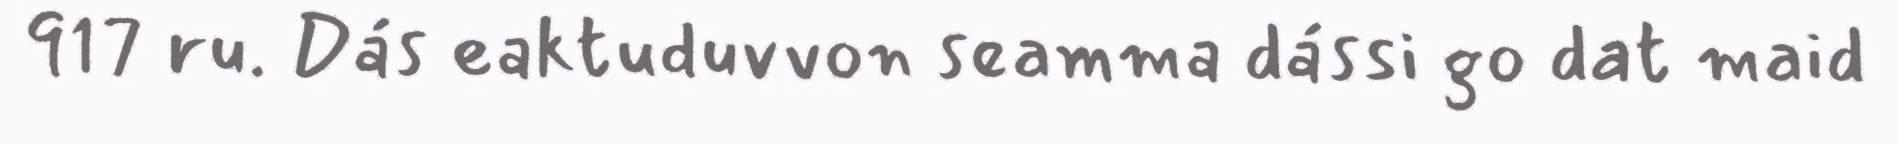
917 ru. Dás eaktuduvvon seamma dássi go dat maid